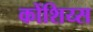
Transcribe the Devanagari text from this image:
कोंशिय्स